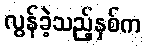
လွန်ခဲ့သည့်နှစ်က